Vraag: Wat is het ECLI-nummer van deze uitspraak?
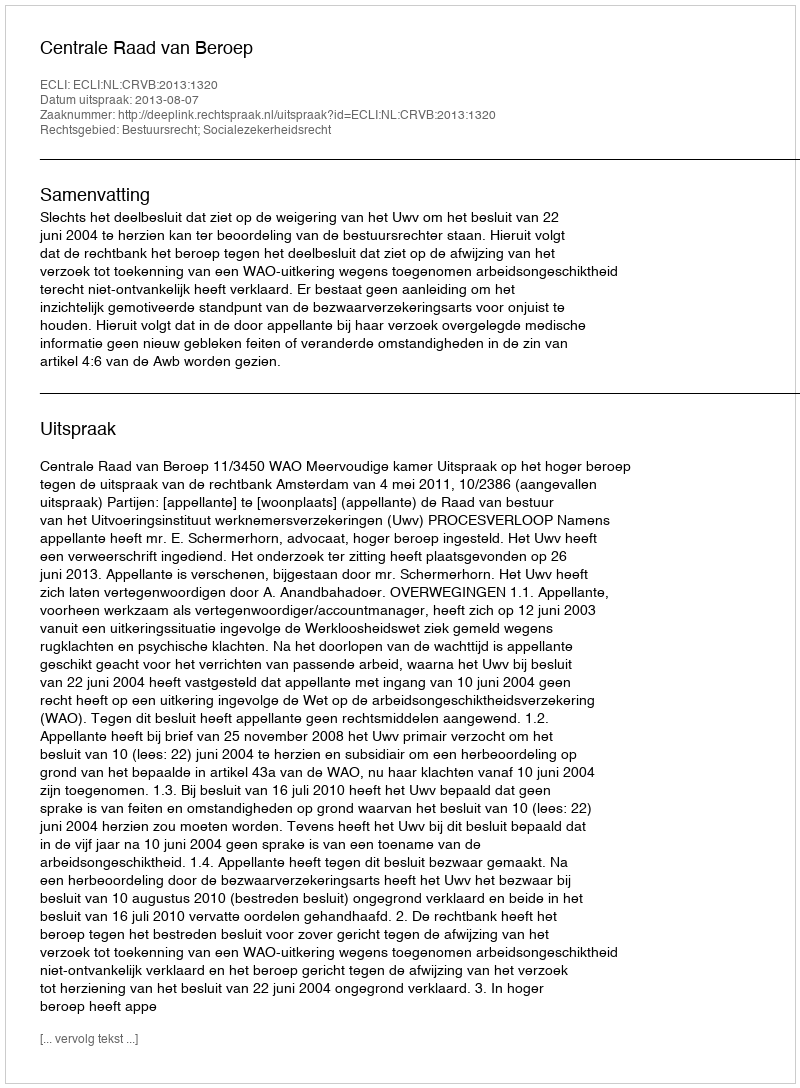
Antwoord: ECLI:NL:CRVB:2013:1320